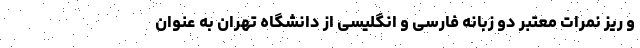
و ریز نمرات معتبر دو زبانه فارسی و انگلیسی از دانشگاه تهران به عنوان